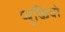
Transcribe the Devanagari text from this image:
प्यूकियो